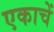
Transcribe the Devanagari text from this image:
एकाचें